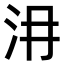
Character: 𣲕